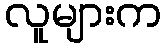
လူများက